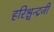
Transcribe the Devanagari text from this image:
हरिश्चन्द्रजी